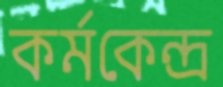
কর্মকেন্দ্র